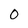
Character: 0